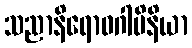
သညာနိရောဓဂါမိနိယာ